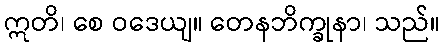
ဣတိ၊ စေ ဝဒေယျ။ တေနဘိက္ခုနာ၊ သည်။